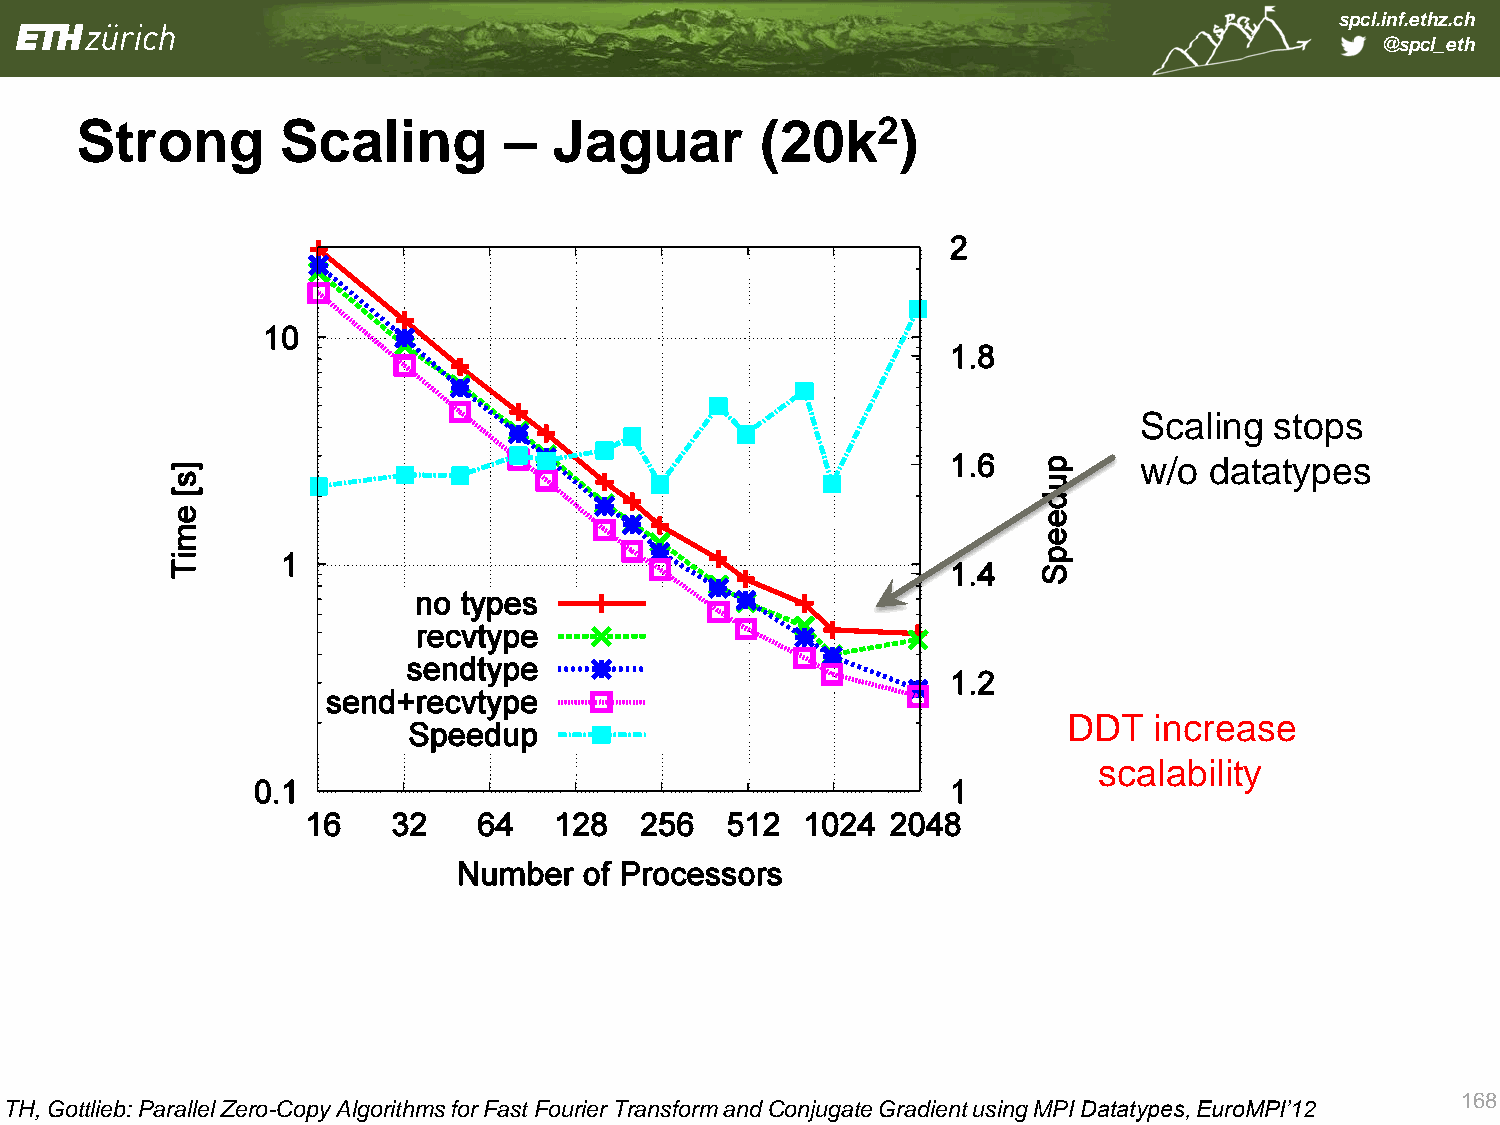
spcl.inf.ethz.ch
 @spcl_eth
 Strong        Scaling       –   Jaguar       (20k2)
 Scaling stops
 w/o datatypes
 DDT  increase
 scalability
 168
 TH, Gottlieb: Parallel Zero-Copy Algorithms for Fast Fourier Transform and Conjugate Gradient using MPI Datatypes, EuroMPI’12